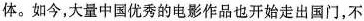
体。如今，大量中国优秀的电影作品也开始走出国门，不